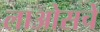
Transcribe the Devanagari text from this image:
लाओसचे